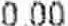
0.00